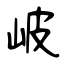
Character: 岥